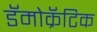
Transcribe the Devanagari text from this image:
डॅमोक्रॅटिक